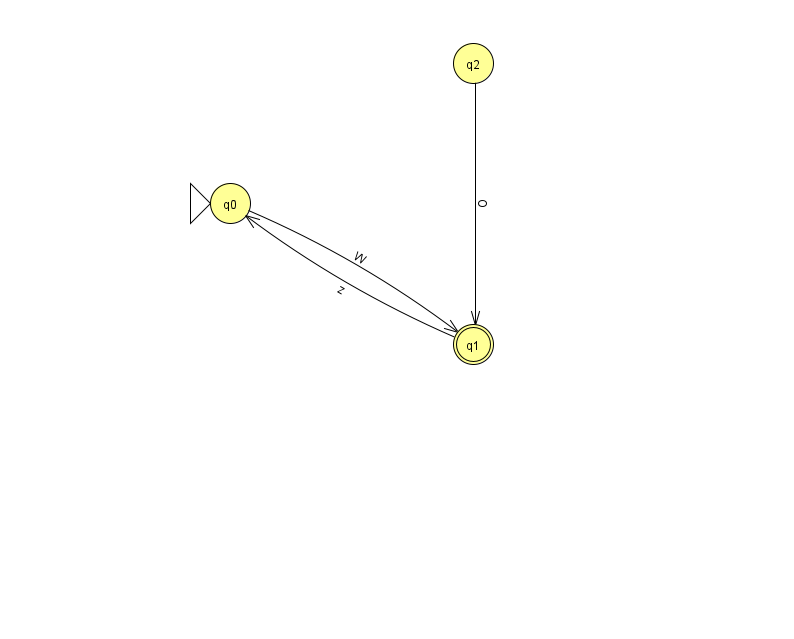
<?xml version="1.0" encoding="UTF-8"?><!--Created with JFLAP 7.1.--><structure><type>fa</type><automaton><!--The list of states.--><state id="0" name="q0"><x>230.0</x><y>190.0</y><initial/></state><state id="1" name="q1"><x>473.0</x><y>331.0</y><final/></state><state id="2" name="q2"><x>473.0</x><y>50.0</y></state><!--The list of transitions.--><transition><from>0</from><to>1</to><read>W</read></transition><transition><from>2</from><to>1</to><read>O</read></transition><transition><from>1</from><to>0</to><read>z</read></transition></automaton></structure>